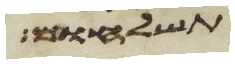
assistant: תשלחום